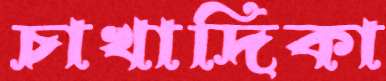
চাখাদিকা